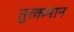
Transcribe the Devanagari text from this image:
तुरकमान